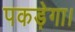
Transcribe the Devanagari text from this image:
पकड़ेगा।